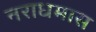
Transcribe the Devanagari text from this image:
नराधमास